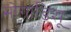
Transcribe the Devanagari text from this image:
मोगाडिशू